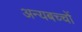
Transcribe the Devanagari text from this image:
अन्यबच्चों